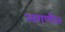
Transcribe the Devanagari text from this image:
अगणीत